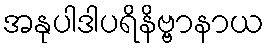
အနုပါဒါပရိနိဗ္ဗာနာယ